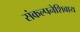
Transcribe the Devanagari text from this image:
संकल्पनेशिवाय